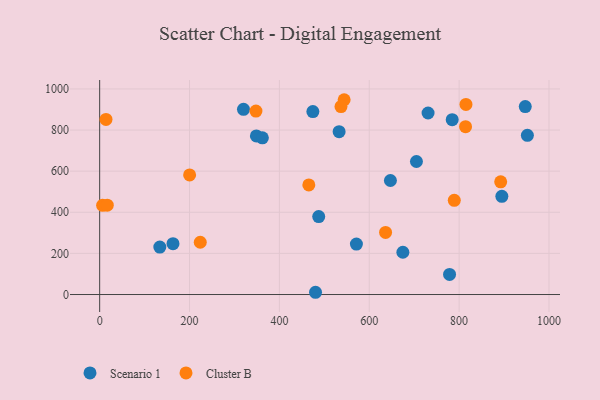
{"axis": {"x": "Distance", "y": "Exam Score"}, "legend": ["Cluster B", "Scenario 1"], "data": [{"x": "778.7", "y": 97.9, "type": "Scenario 1"}, {"x": "647.1", "y": 554.7, "type": "Scenario 1"}, {"x": "674.8", "y": 205.6, "type": "Scenario 1"}, {"x": "133.9", "y": 230.9, "type": "Scenario 1"}, {"x": "532.9", "y": 792.1, "type": "Scenario 1"}, {"x": "895.1", "y": 477.4, "type": "Scenario 1"}, {"x": "480.4", "y": 10.9, "type": "Scenario 1"}, {"x": "730.9", "y": 882.9, "type": "Scenario 1"}, {"x": "474.5", "y": 889.8, "type": "Scenario 1"}, {"x": "705.0", "y": 646.9, "type": "Scenario 1"}, {"x": "163.2", "y": 247.4, "type": "Scenario 1"}, {"x": "784.6", "y": 850.3, "type": "Scenario 1"}, {"x": "487.5", "y": 379.0, "type": "Scenario 1"}, {"x": "947.2", "y": 914.1, "type": "Scenario 1"}, {"x": "571.4", "y": 245.2, "type": "Scenario 1"}, {"x": "348.8", "y": 771.3, "type": "Scenario 1"}, {"x": "320.1", "y": 900.7, "type": "Scenario 1"}, {"x": "362.1", "y": 762.4, "type": "Scenario 1"}, {"x": "951.9", "y": 774.2, "type": "Scenario 1"}, {"x": "544.1", "y": 947.5, "type": "Cluster B"}, {"x": "537.1", "y": 914.0, "type": "Cluster B"}, {"x": "789.2", "y": 458.0, "type": "Cluster B"}, {"x": "14.1", "y": 851.7, "type": "Cluster B"}, {"x": "465.5", "y": 532.9, "type": "Cluster B"}, {"x": "814.3", "y": 816.5, "type": "Cluster B"}, {"x": "815.2", "y": 924.4, "type": "Cluster B"}, {"x": "6.6", "y": 433.6, "type": "Cluster B"}, {"x": "892.5", "y": 548.1, "type": "Cluster B"}, {"x": "636.3", "y": 302.2, "type": "Cluster B"}, {"x": "16.9", "y": 434.7, "type": "Cluster B"}, {"x": "347.8", "y": 892.4, "type": "Cluster B"}, {"x": "223.9", "y": 254.2, "type": "Cluster B"}, {"x": "200.2", "y": 581.6, "type": "Cluster B"}]}